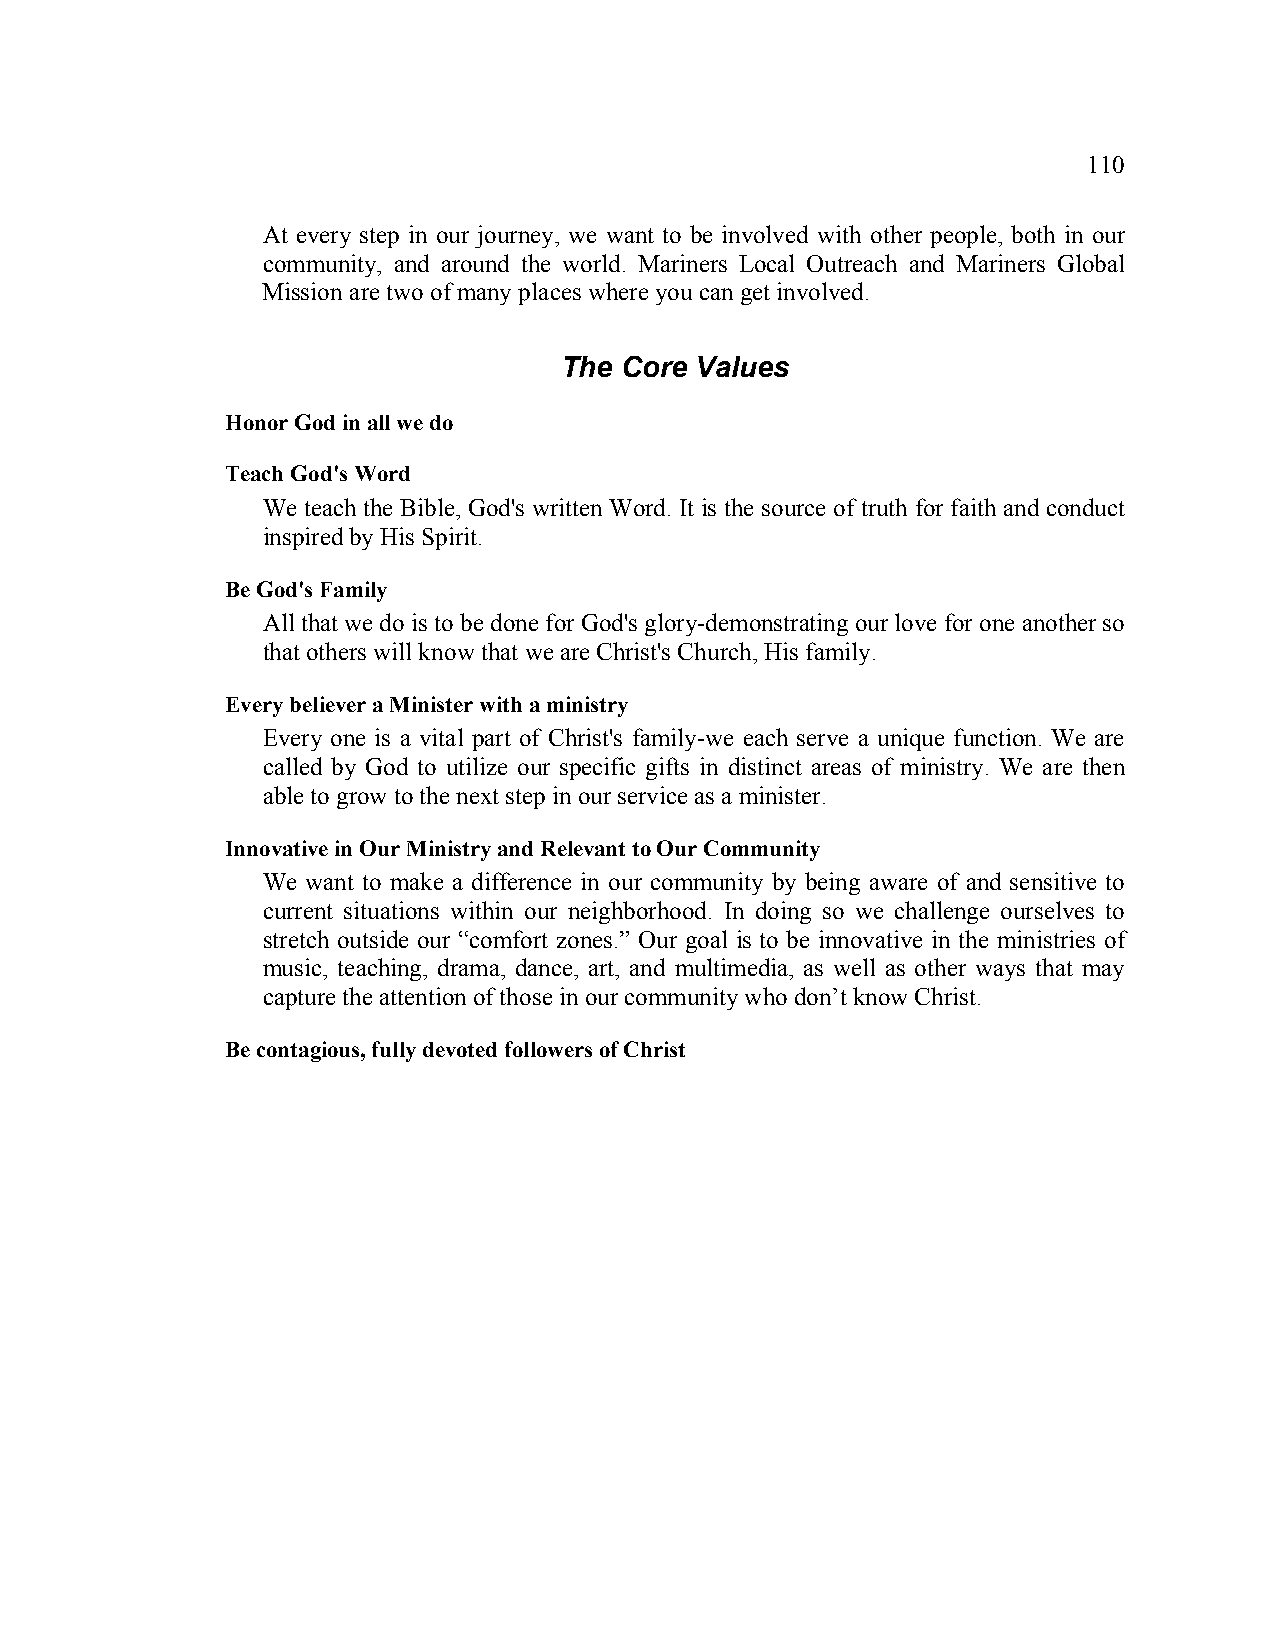
110
 At every step in our journey, we want to be involved with other people, both in our
 community, and around the world. Mariners Local Outreach and Mariners Global
 Mission are two of many places where you can get involved.
 The Core Values
 Honor God in all we do
 Teach God's Word
 We teach the Bible, God's written Word. It is the source of truth for faith and conduct
 inspired by His Spirit.
 Be God's Family
 All that we do is to be done for God's glory-demonstrating our love for one another so
 that others will know that we are Christ's Church, His family.
 Every believer a Minister with a ministry
 Every one is a vital part of Christ's family-we each serve a unique function. We are
 called by God to utilize our specific gifts in distinct areas of ministry. We are then
 able to grow to the next step in our service as a minister.
 Innovative in Our Ministry and Relevant to Our Community
 We want to make a difference in our community by being aware of and sensitive to
 current situations within our neighborhood. In doing so we challenge ourselves to
 stretch outside our “comfort zones.” Our goal is to be innovative in the ministries of
 music, teaching, drama, dance, art, and multimedia, as well as other ways that may
 capture the attention of those in our community who don’t know Christ.
 Be contagious, fully devoted followers of Christ